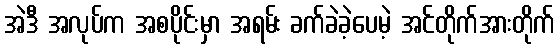
အဲဒီ အလုပ်က အစပိုင်းမှာ အရမ်း ခက်ခဲခဲ့ပေမဲ့ အင်တိုက်အားတိုက်